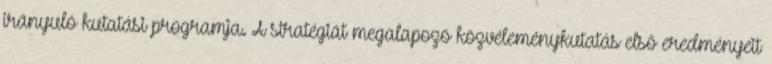
irányuló kutatási programja. A stratégiát megalapozó közvéleménykutatás első eredményeit